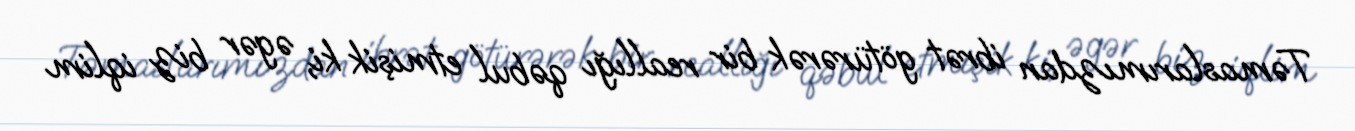
Təmaslarımızdan ibrət götürərək bir reallığı qəbul etmişik ki, əgər biz iqlim